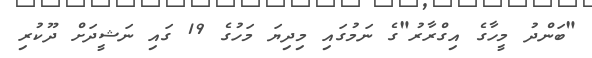
"ބަންދު މީހާގެ އިގްރާރު"ގެ ނަމުގައި މިދިޔަ މަހުގެ 19 ގައި ނަޝީދަށް ދޫކުރި